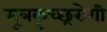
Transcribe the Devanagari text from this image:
मूत्रकृच्छ्ररोगी